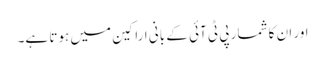
اور ان کا شمار پی ٹی آئی کے بانی اراکین میں ہوتا ہے۔